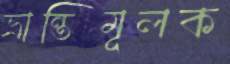
ভ্রান্তিমূলক